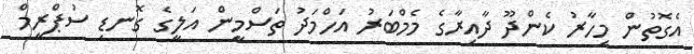
އެގޮތުން މިހާރު ކެންދޫ ދާއިރާގެ މެމްބަރު އަހްމަދު ތަސްމީން އަލީގެ ގޮނޑި ސުޕްރީމް